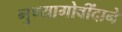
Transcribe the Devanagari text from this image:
गुण्यागोवींदाने